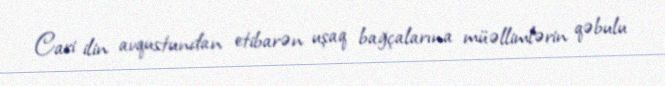
Cari ilin avqustundan etibarən uşaq bağçalarına müəllimlərin qəbulu